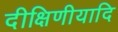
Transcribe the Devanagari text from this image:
दीक्षिणीयादि